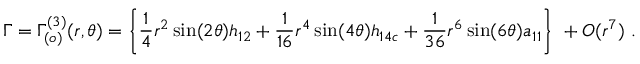
\Gamma = \Gamma _ { ( o ) } ^ { ( 3 ) } ( r , \theta ) = \left\{ \frac { 1 } { 4 } r ^ { 2 } \sin ( 2 \theta ) h _ { 1 2 } + \frac { 1 } { 1 6 } r ^ { 4 } \sin ( 4 \theta ) h _ { 1 4 c } + \frac { 1 } { 3 6 } r ^ { 6 } \sin ( 6 \theta ) a _ { 1 1 } \right\} \ + O ( r ^ { 7 } ) \ .